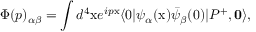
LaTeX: \Phi ( p ) _ { \alpha \beta } = \int d ^ { 4 } \mathrm { x } e ^ { i p \mathrm { x } } \langle 0 | \psi _ { \alpha } ( \mathrm { x } ) \bar { \psi } _ { \beta } ( 0 ) | P ^ { + } , { \bf 0 } \rangle ,